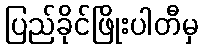
ပြည်ခိုင်ဖြိုးပါတီမှ